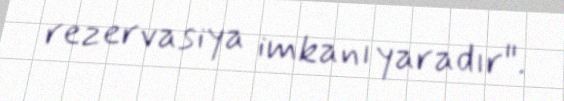
rezervasiya imkanı yaradır".